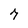
Character: 7